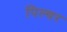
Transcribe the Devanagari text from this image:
पिल्चर